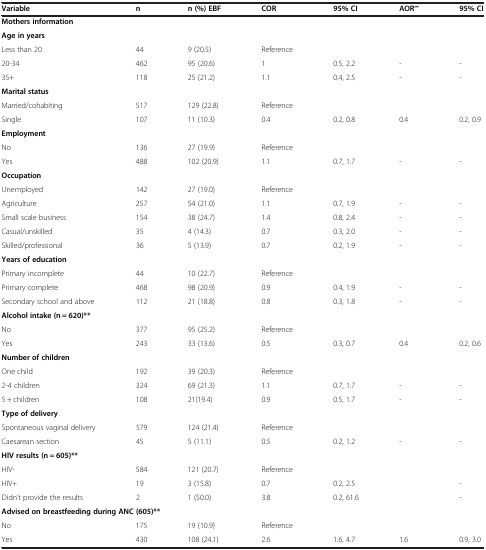
<table><thead><tr><td><b>Variable</b></td><td><b>n</b></td><td><b>n (%) EBF</b></td><td><b>COR</b></td><td><b>95% CI</b></td><td><b>AOR<sup>∞</sup></b></td><td><b>95% CI</b></td></tr></thead><tbody><tr><td colspan="7"><b>Mothers information</b></td></tr><tr><td colspan="7"><b>Age in years</b></td></tr><tr><td>Less than 20</td><td>44</td><td>9 (20.5)</td><td>Reference</td><td> </td><td> </td><td> </td></tr><tr><td>20-34</td><td>462</td><td>95 (20.6)</td><td>1</td><td>0.5, 2.2</td><td>-</td><td>-</td></tr><tr><td>35+</td><td>118</td><td>25 (21.2)</td><td>1.1</td><td>0.4, 2.5</td><td>-</td><td>-</td></tr><tr><td colspan="7"><b>Marital status</b></td></tr><tr><td>Married/cohabiting</td><td>517</td><td>129 (22.8)</td><td>Reference</td><td> </td><td> </td><td> </td></tr><tr><td>Single</td><td>107</td><td>11 (10.3)</td><td>0.4</td><td>0.2, 0.8</td><td>0.4</td><td>0.2, 0.9</td></tr><tr><td colspan="7"><b>Employment</b></td></tr><tr><td>No</td><td>136</td><td>27 (19.9)</td><td>Reference</td><td> </td><td> </td><td> </td></tr><tr><td>Yes</td><td>488</td><td>102 (20.9)</td><td>1.1</td><td>0.7, 1.7</td><td>-</td><td>-</td></tr><tr><td colspan="7"><b>Occupation</b></td></tr><tr><td>Unemployed</td><td>142</td><td>27 (19.0)</td><td>Reference</td><td> </td><td> </td><td> </td></tr><tr><td>Agriculture</td><td>257</td><td>54 (21.0)</td><td>1.1</td><td>0.7, 1.9</td><td>-</td><td>-</td></tr><tr><td>Small scale business</td><td>154</td><td>38 (24.7)</td><td>1.4</td><td>0.8, 2.4</td><td>-</td><td>-</td></tr><tr><td>Casual/unskilled</td><td>35</td><td>4 (14.3)</td><td>0.7</td><td>0.3, 2.0</td><td>-</td><td>-</td></tr><tr><td>Skilled/professional</td><td>36</td><td>5 (13.9)</td><td>0.7</td><td>0.2, 1.9</td><td>-</td><td>-</td></tr><tr><td colspan="7"><b>Years of education</b></td></tr><tr><td>Primary incomplete</td><td>44</td><td>10 (22.7)</td><td>Reference</td><td> </td><td> </td><td> </td></tr><tr><td>Primary complete</td><td>468</td><td>98 (20.9)</td><td>0.9</td><td>0.4, 1.9</td><td>-</td><td>-</td></tr><tr><td>Secondary school and above</td><td>112</td><td>21 (18.8)</td><td>0.8</td><td>0.3, 1.8</td><td>-</td><td>-</td></tr><tr><td colspan="7"><b>Alcohol intake (n = 620)**</b></td></tr><tr><td>No</td><td>377</td><td>95 (25.2)</td><td>Reference</td><td> </td><td> </td><td> </td></tr><tr><td>Yes</td><td>243</td><td>33 (13.6)</td><td>0.5</td><td>0.3, 0.7</td><td>0.4</td><td>0.2, 0.6</td></tr><tr><td colspan="7"><b>Number of children</b></td></tr><tr><td>One child</td><td>192</td><td>39 (20.3)</td><td>Reference</td><td> </td><td> </td><td> </td></tr><tr><td>2-4 children</td><td>324</td><td>69 (21.3)</td><td>1.1</td><td>0.7, 1.7</td><td>-</td><td>-</td></tr><tr><td>5 + children</td><td>108</td><td>21(19.4)</td><td>0.9</td><td>0.5, 1.7</td><td>-</td><td>-</td></tr><tr><td colspan="7"><b>Type of delivery</b></td></tr><tr><td>Spontaneous vaginal delivery</td><td>579</td><td>124 (21.4)</td><td>Reference</td><td> </td><td> </td><td> </td></tr><tr><td>Caesarean section</td><td>45</td><td>5 (11.1)</td><td>0.5</td><td>0.2, 1.2</td><td>-</td><td>-</td></tr><tr><td colspan="7"><b>HIV results (n = 605)**</b></td></tr><tr><td>HIV-</td><td>584</td><td>121 (20.7)</td><td>Reference</td><td> </td><td> </td><td> </td></tr><tr><td>HIV+</td><td>19</td><td>3 (15.8)</td><td>0.7</td><td>0.2, 2.5</td><td> </td><td>-</td></tr><tr><td>Didn’t provide the results</td><td>2</td><td>1 (50.0)</td><td>3.8</td><td>0.2, 61.6</td><td> </td><td>-</td></tr><tr><td colspan="7"><b>Advised on breastfeeding during ANC (605)**</b></td></tr><tr><td>No</td><td>175</td><td>19 (10.9)</td><td>Reference</td><td> </td><td> </td><td> </td></tr><tr><td>Yes</td><td>430</td><td>108 (24.1)</td><td>2.6</td><td>1.6, 4.7</td><td>1.6</td><td>0.9, 3.0</td></tr></tbody></table>